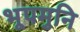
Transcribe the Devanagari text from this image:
भूपमुनि